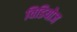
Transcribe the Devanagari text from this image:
विडियोज